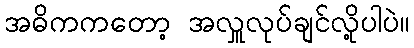
အဓိကကတော့ အလှူလုပ်ချင်လို့ပါပဲ။